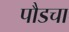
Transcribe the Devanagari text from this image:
पौडचा